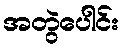
အတွဲပေါင်း